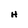
Character: H